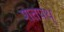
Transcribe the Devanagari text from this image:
शतपथ्